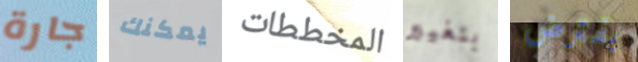
جارة يمكنك المخططات بتغيير يفترض